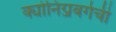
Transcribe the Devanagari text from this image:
क्योनिग्जबर्गची